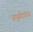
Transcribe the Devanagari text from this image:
आयुर्वेदावरच